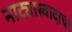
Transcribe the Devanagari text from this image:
नाट्यास्वादाचा